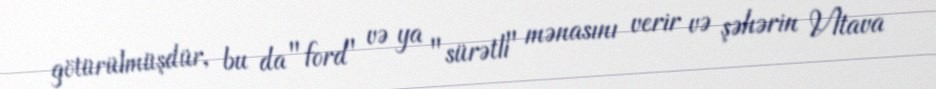
götürülmüşdür, bu da "ford" və ya "sürətli" mənasını verir və şəhərin Vltava